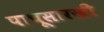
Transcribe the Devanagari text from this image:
पाचूसारखी